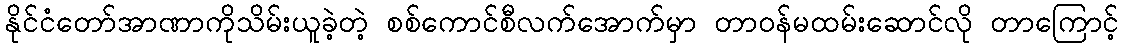
နိုင်ငံတော်အာဏာကိုသိမ်းယူခဲ့တဲ့ စစ်ကောင်စီလက်အောက်မှာ တာဝန်မထမ်းဆောင်လို တာကြောင့်